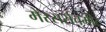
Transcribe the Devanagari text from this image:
मेस्सर्सचमीट